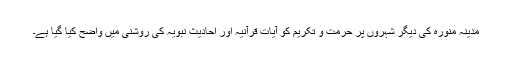
مدینہ منورہ کی دیگر شہروں پر حرمت و تکریم کو آیاتِ قرآنیہ اور احادیثِ نبویہ کی روشنی میں واضح کیا گیا ہے۔